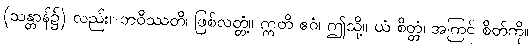
(သန္တာန်၌) လည်း။ ဘဝိဿတိ၊ ဖြစ်လတ္တံ့။ ဣတိ ဧဝံ၊ ဤသို့။ ယံ စိတ္တံ၊ အကြင် စိတ်ကို။